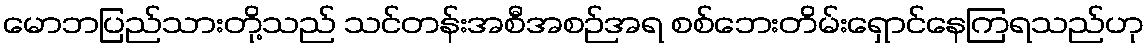
မောဘပြည်သားတို့သည် သင်တန်းအစီအစဉ်အရ စစ်ဘေးတိမ်းရှောင်နေကြရသည်ဟု